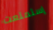
إستمتعت